Insane asylums in Bengal annual reports 1876-1887 - 1876-1887
Year: 1876
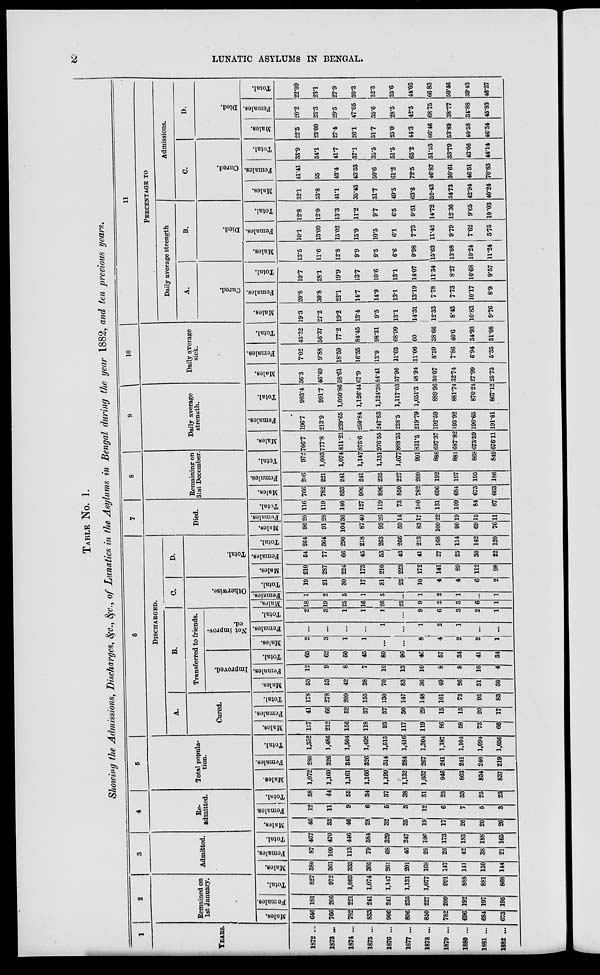
2
LUNATIC ASYLUMS IN BENGAL.
TABLE No. 1.
Showing the Admissions, Discharges, &c., &c., of Lunatics in the Asylums in Bengal during the year 1882, and ten previous years.
1
YEARS
1872 ...
1873 ...
1874 ...
1875 ...
1876 ...
1877 ...
1878 ...
1879 ...
1880 ...
1881 ...
l882 ...
2
Remained on
1st January.
Males.
646
766
782
833
906
896
850
782
696
684
673
Females.
181
206
221
241
241
235
227
209
192
197
195
Total.
827
972
1,003
1,074
1,147
1,131
1,077
991
888
881
868
3
Admitted.
Males.
380
361
333
305
261
201
168
147
141
150
144
Females.
87
109
113
79
68
46
28
26
42
38
21
Total.
467
470
446
384
329
247
196
173
183
188
165
4
Re-
admitted.
Males.
46
33
46
28
32
35
19
17
26
20
20
Females.
12
11
9
6
5
3
12
6
7
5
3
Total.
58
44
55
34
37
38
31
23
33
25
23
5
Total popula-
tion.
Males.
1,072
1,160
1,161
1,166
1,199
1,132
1,037
946
863
854
837
Females.
280
326
343
326
314
284
267
241
241
240
219
Total.
1,352
1,486
1,504
1,492
1,513
1,416
1,304
1,187
1,104
1,094
1,056
6
Discharged.
A.
Cured.
Males.
137
212
156
118
93
117
119
86
58
73
66
Females.
41
66
52
37
37
80
29
15
15
20
17
Total.
178
278
209
155
130
147
148
101
73
93
83
B.
Transferred to friends.
Improved.
Males.
53
53
42
38
70
83
36
49
26
31
30
Females.
12
9
8
7
10
13
10
8
8
10
4
Total.
65
62
50
45
80
96
46
57
34
41
34
Not improv-
ed.
Males.
2
3
1
1
...
...
8
4
2
2
1
Females.
...
...
...
...
1
...
1
2
1
...
...
Total.
2
3
1
1
1
...
9
6
3
2
1
C.
Otherwise.
Males.
18
19
25
16
26
23
9
2
3
6
1
Females.
1
2
5
1
5
...
1
2
1
...
1
Total.
19
21
30
17
31
23
10
4
4
6
2
D.
Total.
Males.
210
287
224
173
210
223
172
141
89
112
98
Females.
54
77
66
45
53
43
41
27
25
30
22
Total.
264
364
290
218
263
266
213
168
114
142
120
7
Died
Males.
96
91
104
87
93
59
83
109
90
69
76
Females.
20
28
36
40
26
14
17
22
19
15
11
Total.
116
119
140
127
119
73
100
131
109
84
87
8
Remaining on
31st December
Males.
766
782
833
906
896
850
782
696
684
673
663
Females.
206
221
241
241
235
227
209
192
197
195
186
Total.
972
1,003
1,074
1,147
1,131
1,077
991
888
881
868
849
9
Daily average
strength.
Males.
706.7
777.8
811.21
875.6
976.55
888.53
331.5
697.37
687.82
673.59
676.11
Females.
196.7
213.9
239.65
250.84
247.83
228.5
219.79
192.59
193.92
196.65
191.01
Total.
903.4
991.7
1,050.86
1,126.44
1,124.38
1,117.03
1,051.3
889.96
881.74
870.24
867.12
10
Daily average
sick.
Males.
36.3
46.49
58.61
67.9
84.41
57.96
48.94
30.07
32.74
27.99
25.73
Females.
7.02
9.88
18.59
16.55
13.9
11.03
11.06
8.59
7.86
6.94
5.35
Total.
43.32
56.37
77.2
84.45
98.31
68.99
60
38.66
40.6
34.93
31.08
11
PERCENTAGE TO
Daily average strength
A.
Cured.
Males.
19.3
27.2
19.2
13.4
9.5
13.1
14.31
12.33
8.43
10.83
9.76
Females.
20.8
30.8
22.1
14.7
14.9
13.1
13.19
7.78
7.73
10.17
8.9
Total.
19.7
28.1
19.9
13.7
10.6
13.1
14.07
11.34
8.27
10.68
9.57
B.
Died.
Males.
13.5
11.6
12.8
9.9
9.5
6.6
9.98
15.63
13.08
10.24
11.24
Females.
10.1
13.09
15.02
15.9
10.5
6.1
7.73
11.42
9.79
7.62
5.75
Total.
12.8
12.0
13.3
11.2
9.7
6.5
9.51
14.72
12.36
9.65
10.03
Admissions.
C.
Cured.
Males.
32.1
53.8
41.1
35.43
31.7
49.5
63.6
52.43
34.73
42.94
40.24
Females.
41.41
55
43.4
43.53
50.6
61.2
72.5
46.87
30.61
46.51
70.83
Total.
33.9
54.1
41.7
37.1
35.5
51.5
65.2
51.53
33.79
43.66
44.14
D.
Died.
Males.
22.5
23.09
27.4
26.1
31.7
25.0
44.3
66.46
53.89
40.58
46.34
Females.
20.2
23.3
29.5
47.05
35.6
28.5
42.5
68.75
38.77
34.88
45.83
Total.
22.09
23.1
27.9
30.3
32.5
25.6
44.05
66.83
50.46
39.43
46.27